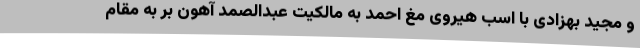
و مجید بهزادی با اسب هیروی مغ احمد به مالکیت عبدالصمد آهون بر به مقام